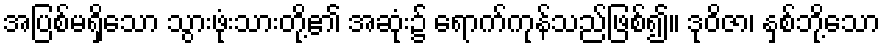
အပြစ်မရှိသော သွားဖုံးသားတို့၏ အဆုံး၌ ရောက်ကုန်သည်ဖြစ်၍။ ဒုဝိဇာ၊ နှစ်ဘို့သော